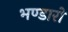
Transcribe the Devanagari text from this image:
भण्डारो